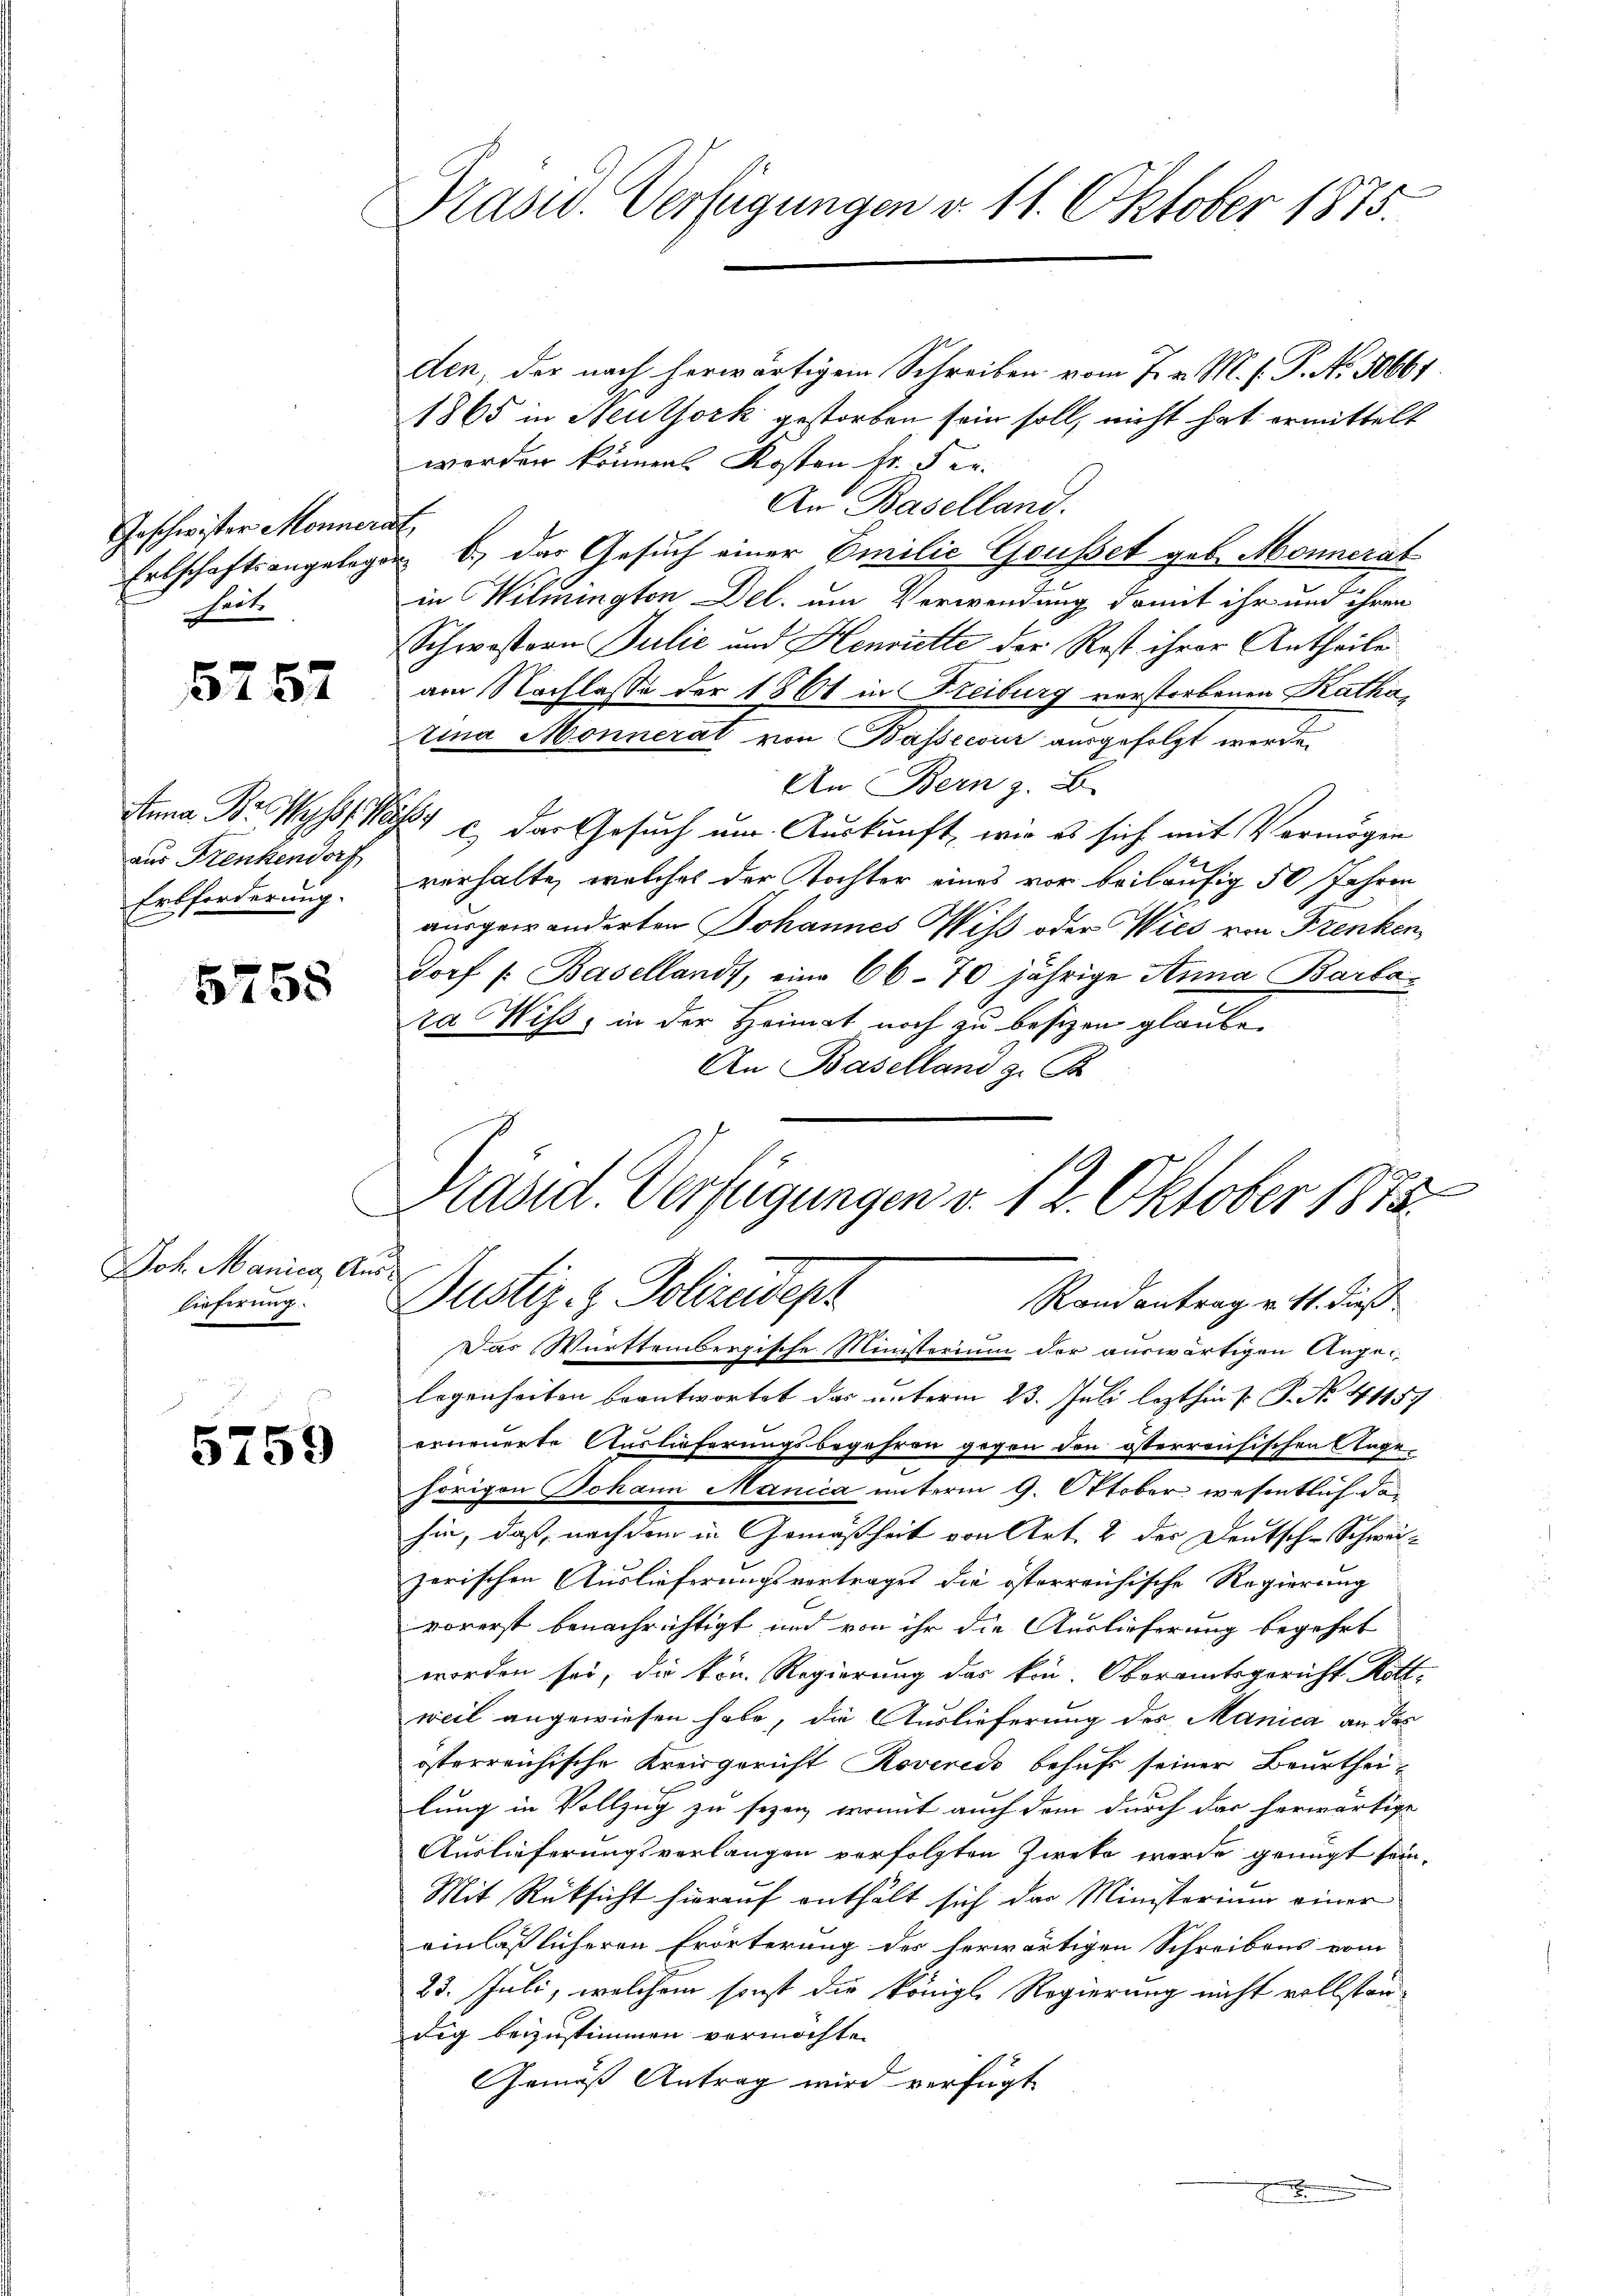
Geschwister Monner
Ertschaftsangeleg
seit

5757

aus Frenkendorf
Erbforderung.

5758

Joh. Manica, A.
lieferung.

5759

Prasw. Verfügungen d. 11. Oktober 1875.

den, der nach herwärtigem Schreiben vom 7. v. M. h. T. No. 50661.
1865 in Neuthork gestorben sein soll, nicht hat ermittelt
werden können Kosten fr. Fer-
An Baselland.
f
 6., das Gesuch einer Emilie Grusset geb. Monnerat
in Willington Del. um Verwendung damit ihr und ihren
Schwestern Julić und Henriette der Rost ihrer Antheile
am Nachlasse der 1861 in Freiburg verstorbenen Kathatina Monneral von Bassecour ausgefolgt werde
An Bern z. B.
Anna Dr. W. c der Gesuch um Auskunft, wie es sich mit Vermögen
verhalte, welches der Tochter eines vor beiläufig 50 Jahren
ausgewanderten Johannes Wiß oder Wies von Frenken
Dorf (: Basellands, eine 66-70 jährige Anna Bartoza Wits, in der Heimat noch zu besizen glaube.
An Baselland z. B
Das Württembergische Ministerium der auswärtigen Angelegenheiten beantwortet das unterm 23. Juli lezthin P. P. No. 41157
erneuerte Auslieferungsbegehren gegen den österreusischen Angehörigen Johann Manica unterm 9. Oktober wesentlich das
hin, daß, nach dem in Gemäßheit von Art. 2 der Deutsch-Schweizerischen Auslieferungsvertrages die österreichische Regierung
vorerst benachrichtigt und von ihr die Auslieferung begehrt
worden sei, die kön. Regierung des kön. Oberamtsgericht Rott-
weil angewiesen habe, die Auslieferung des Manica an des
österreichische Kreisgericht Rovereis behufs seiner Beurtheilung in Vollzug zu sezen, womit auch dem durch das herwärtige
Auslieferungsverlangen verfolgten Zweke wurde genügt sein.
Mit Rüksicht hierauf enthält sich das Ministerium einer
einläßlicheren Erörterung des herwärtigen Schreibens vom
23. Juli, welchem sonst die königl. Regierung nicht vollständig beizustimmen vermöchte.
Gemäß Antrag wird verfügt
J

2
Präsid. Verfügungen v. 12. Oktober 1873.
Justiz & Polizeidepz
Randantrag v. 11. dieß